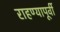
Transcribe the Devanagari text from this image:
राहण्यापूर्वी